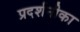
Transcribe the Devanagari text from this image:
प्रदर्शनीका